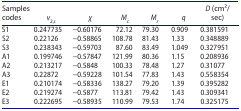
<table><thead><tr><td><b>Samples codes</b></td><td><b><i>v</i><sub>2,<i>s</i></sub></b></td><td><b><i>χ</i></b></td><td><b><i>M</i><sub><i>c</i></sub></b></td><td><b><i>M</i><sub><i>r</i></sub></b></td><td><b><i>q</i></b></td><td><b><i>D</i> (cm2/sec)</b></td></tr></thead><tbody><tr><td>S1</td><td>0.247735</td><td>−0.60176</td><td>72.12</td><td>79.30</td><td>0.909</td><td>0.381591</td></tr><tr><td>S2</td><td>0.22126</td><td>−0.58865</td><td>108.78</td><td>81.43</td><td>1.33</td><td>0.348889</td></tr><tr><td>S3</td><td>0.238343</td><td>−0.59703</td><td>87.60</td><td>83.49</td><td>1.049</td><td>0.327951</td></tr><tr><td>A1</td><td>0.199746</td><td>−0.57847</td><td>121.99</td><td>80.36</td><td>1.15</td><td>0.208936</td></tr><tr><td>A2</td><td>0.213217</td><td>−0.5848</td><td>100.33</td><td>78.48</td><td>1.27</td><td>0.31077</td></tr><tr><td>A3</td><td>0.22872</td><td>−0.59228</td><td>101.54</td><td>77.83</td><td>1.43</td><td>0.558354</td></tr><tr><td>E1</td><td>0.210174</td><td>−0.58336</td><td>138.27</td><td>79.20</td><td>1.39</td><td>0.395282</td></tr><tr><td>E2</td><td>0.219274</td><td>−0.5877</td><td>113.81</td><td>79.42</td><td>1.43</td><td>0.309341</td></tr><tr><td>E3</td><td>0.222695</td><td>−0.58935</td><td>110.99</td><td>79.53</td><td>1.74</td><td>0.325175</td></tr></tbody></table>